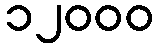
၁၂၀၀၀